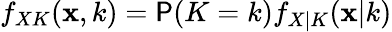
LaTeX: f_{XK}(\mathbf{x},k)=\mathsf{P}(K=k)f_{X|K}(\mathbf{x}|k)